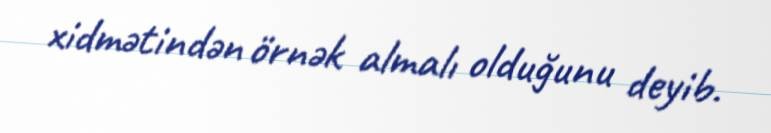
xidmətindən örnək almalı olduğunu deyib.